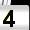
Digit: 4